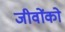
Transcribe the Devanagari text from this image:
जीवोंको